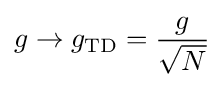
g\to g_{\text{TD}}={\frac {g}{\sqrt {N}}}